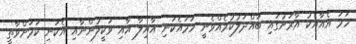
ހަމަ އެއާއެކު އާރަށުގައި ބައްދަލުކުރެއްވެނީ ހަމައެކަނި އާއިލާ އާއި ވަކީލުންނާއި އެކަނި ކަމަށްވާތީ